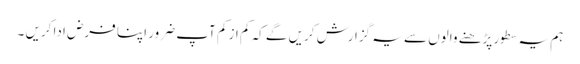
ہم یہ سطور پڑھنے والوں سے یہ گزارش کریں گے کہ کم از کم آپ ضرور اپنا فرض ادا کریں ۔